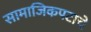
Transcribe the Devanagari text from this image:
सामाजिकपटाचे